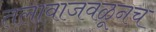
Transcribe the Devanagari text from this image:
तलावाजवळूनच